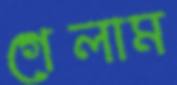
গেলাম